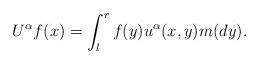
LaTeX: \begin{align*}U^{\alpha}f(x)=\int_l^r f(y)u^{\alpha}(x,y)m(dy).\end{align*}